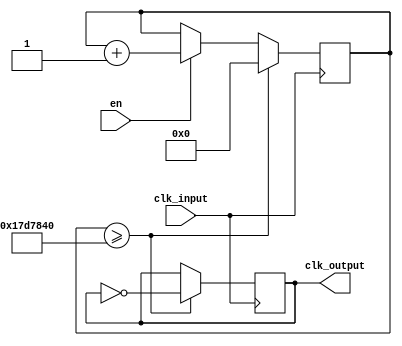
module FrequencyDivision(
	input en,
	input clk_input,
	output reg clk_output
);
	reg [31:0] count;
	initial
	begin
		clk_output = 1'b0;
	end
	always @ (posedge clk_input)
	begin
		if (count >= 25000000)
		begin
			count <= 0;
			clk_output <= ~clk_output;
		end
		else if (en)
		begin
			count <= count + 1;
			clk_output = clk_output;
		end
		else
		begin
			clk_output = clk_output;
		end
	end
endmodule